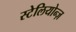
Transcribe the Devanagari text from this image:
स्टेलियोन्ज़